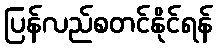
ပြန်လည်စတင်နိုင်ရန်